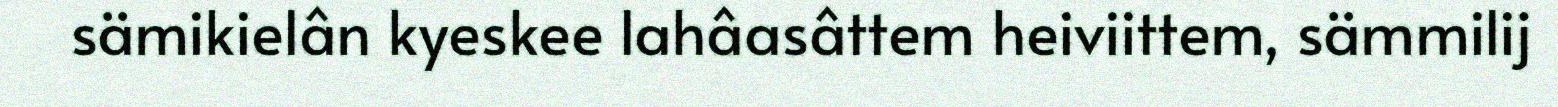
sämikielân kyeskee lahâasâttem heiviittem, sämmilij